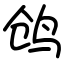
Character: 鸧